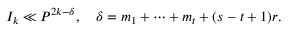
I _ { k } \ll P ^ { 2 k - \delta } , \quad \delta = m _ { 1 } + \dots + m _ { t } + ( s - t + 1 ) r .